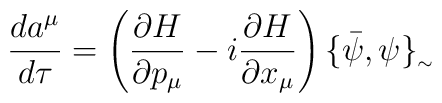
\frac{da^{\mu }}{d\tau} = \left(\frac{\partial H}{\partial p_{\mu }  } - i\frac{\partial H}{\partial x_{\mu   }}\right) \{\bar{\psi },\psi  \}_{_{\sim }}